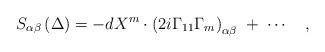
LaTeX: \begin{align*}S_{\alpha \beta }\left( \Delta \right) =-dX^m\cdot \left(2i\Gamma _{11}\Gamma _m\right) _{\alpha \beta }\;+\;\cdots \quad ,\end{align*}